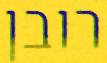
רובן